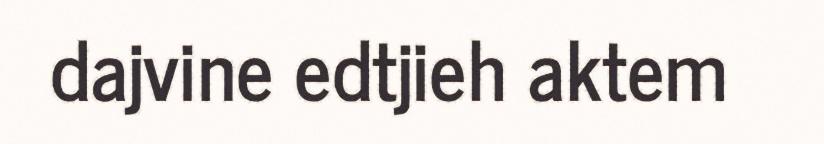
dajvine edtjieh aktem